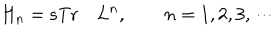
LaTeX: H _ { n } = \mathrm { s T r } \quad L ^ { n } , \qquad n = 1 , 2 , 3 , \cdots